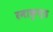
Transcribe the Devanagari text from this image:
रमाकुण्ड